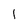
Character: 1